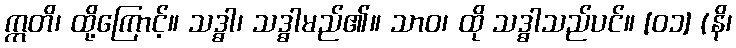
ဣတိ၊ ထို့ကြောင့်။ သဒ္ဓါ၊ သဒ္ဓါမည်၏။ သာဝ၊ ထို သဒ္ဓါသည်ပင်။ [၀၁] (နိ၊